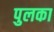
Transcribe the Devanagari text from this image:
पुलका